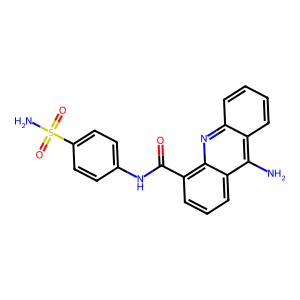
SMILES: Nc1c2ccccc2nc2c(C(=O)Nc3ccc(S(N)(=O)=O)cc3)cccc12
Inhibits HIV replication: No